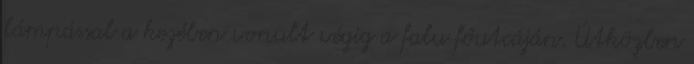
lámpással a kezében vonult végig a falu főutcáján. Útközben